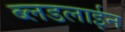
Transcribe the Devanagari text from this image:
ब्लडलाईन